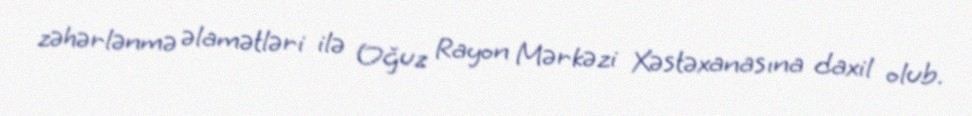
zəhərlənmə əlamətləri ilə Oğuz Rayon Mərkəzi Xəstəxanasına daxil olub.